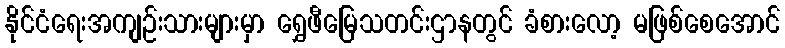
နိုင်ငံရေးအကျဉ်းသားများမှာ ရွှေဖီမြေသတင်းဌာနတွင် ခံစားလော့ မဖြစ်စေအောင်